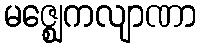
မဇ္ဈေကလျာဏာ